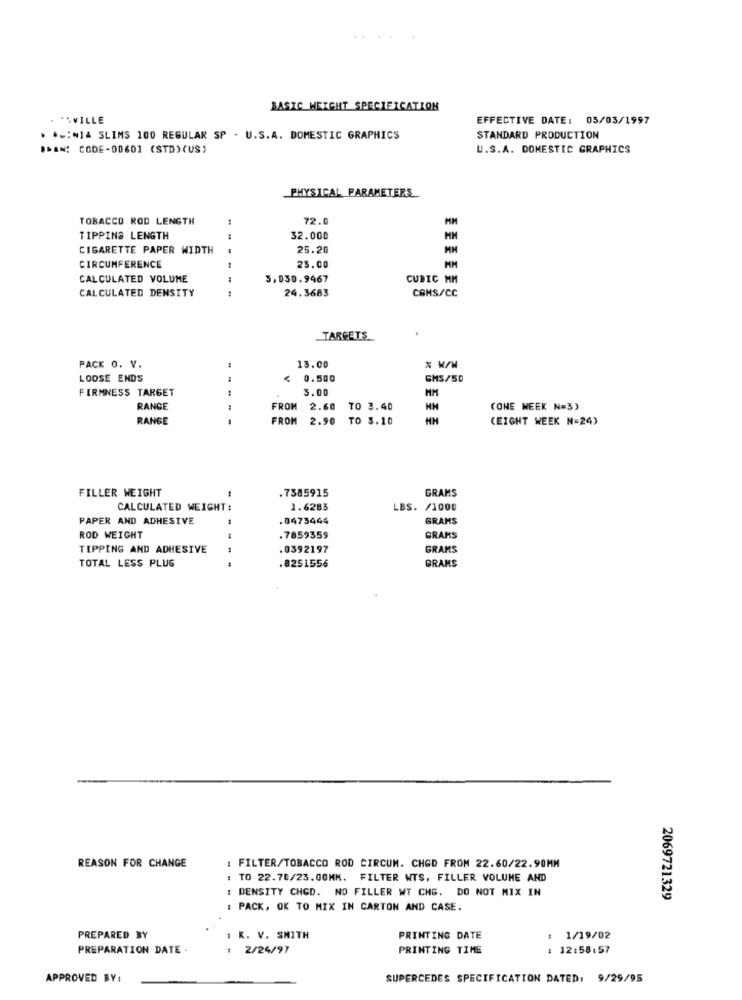
BASIC HEIGHT SPECIFICATION
. ASVILLE
EFFECTIVE DATE: 05/03/1997
. ..; NIA SLIMS 100 REGULAR SP - U.S.A. DOMESTIC GRAPHICS
STANDARD PRODUCTION
.MAN: CODE-00601 (STD)(US)
U.S.A. DOMESTIC GRAPHICS
PHYSICAL PARAMETERS
TOBACCO ROD LENGTH
72.
TIPPING LENGTH
.4
32.000
CIGARETTE PAPER WIDTH
25.20
MM
CIRCUMFERENCE
23.00
MM
CALCULATED VOLUME
3.030.9467
CUBIC MM
CALCULATED DENSITY
24.3683
CBHS/CC
...
TARGETS
PACK O. V.
13.00
LOOSE ENDS
V
0.500
GHS/5D
FIRMNESS TARGET
3.00
MM
RANGE
FROM 2.60 TO 3.40
(ONE WEEK N=3)
RANGE
--
FROM 2.90 TO 3.10
HH
(EIGHT WEEK N=24)
FILLER WEIGHT
.7385915
GRAMS
CALCULATED WEIGHT:
1.6283
LBS. /1000
PAPER AND ADHESIVE
.0473444
GRAMS
ROD WEIGHT
.7859359
GRAMS
TIPPING AND ADHESIVE
.0392197
GRAMS
TOTAL LESS PLUG
.8251556
GRAMS
REASON FOR CHANGE
: FILTER/TOBACCO ROD CIRCUM. CHGD FROM 22.60/22.90MM
: TO 22.70/23.00MM. FILTER WTS, FILLER VOLUME AND
DENSITY CHGD. NO FILLER WT CHG. DO NOT MIX IN
2069721329
: PACK, OK TO MIX IN CARTON AND CASE.
PREPARED BY
: K. V. SMITH
PRINTING DATE
: 1/19/02
PREPARATION DATE .
: 2/24/97
PRINTING TIME
: 12:58:57
APPROVED BY:
SUPERCEDES SPECIFICATION DATED: 9/29/95